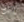
انت